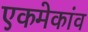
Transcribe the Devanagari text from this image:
एकमेकांव